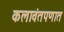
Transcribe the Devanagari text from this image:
कलावंतपणात